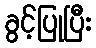
ခွင့်ပြုပြီး